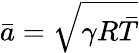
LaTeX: \bar{a}=\sqrt{\gamma R\bar{T}}